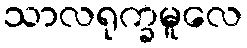
သာလရုက္ခမူလေ